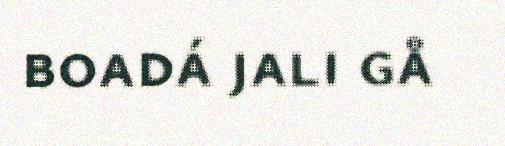
boadá jali gå